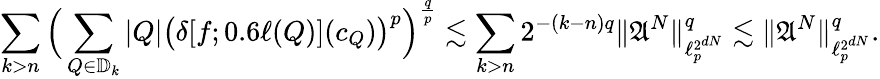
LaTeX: {\sum_{k>n}\Big(\sum_{Q\in\mathbb{D}_{k}}|Q|\big(\delta[f;0.6\ell(Q)](c_{Q})\big)^{p}\Big)^{\frac{q}{p}}\lesssim\sum_{k>n}2^{-(k-n)q}\| \mathfrak{A}^{N}\| _{\ell_{p}^{2^{dN}}}^{q}\lesssim\| \mathfrak{A}^{N}\| _{\ell_{p}^{2^{dN}}}^{q}.}